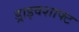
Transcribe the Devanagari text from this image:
ड्राइवशाफ्ट